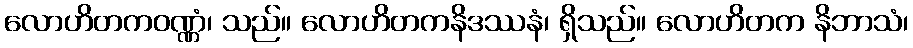
လောဟိတကဝဏ္ဏံ၊ သည်။ လောဟိတကနိဒဿနံ၊ ရှိသည်။ လောဟိတက နိဘာသံ၊